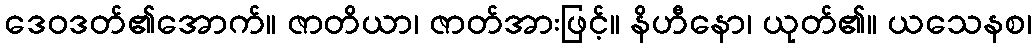
ဒေဝဒတ်၏အောက်။ ဇာတိယာ၊ ဇာတ်အားဖြင့်။ နိဟီနော၊ ယုတ်၏။ ယသေနစ၊